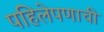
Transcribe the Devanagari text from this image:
पहिलेपणाची